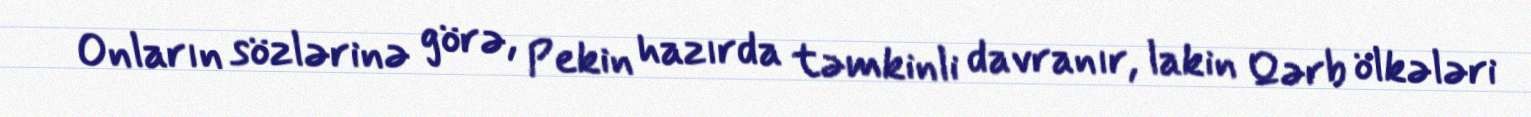
Onların sözlərinə görə, Pekin hazırda təmkinli davranır, lakin Qərb ölkələri